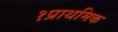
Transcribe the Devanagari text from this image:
१प्राथमिक